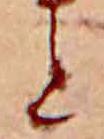
と